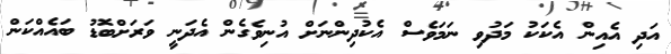
އަދި އެއިން އެކަކު މަދުވި ނަމަވެސް އެކުދިންނަށް އުނިވެގެން އެދަނީ ވަރަށްބޮޑު ބައެއްކަން